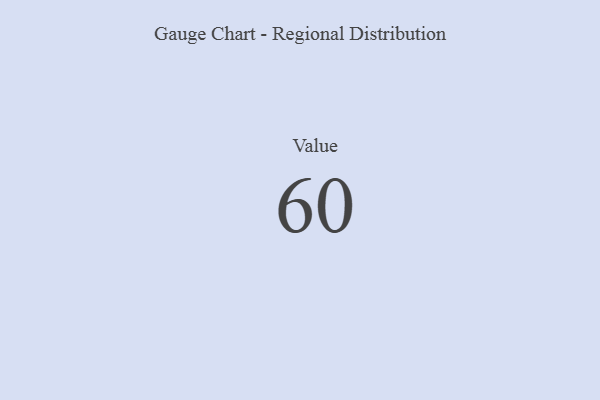
{"axis": {"x": "Metric", "y": "Value"}, "legend": [""], "data": [{"x": "Value", "y": 60, "type": ""}]}